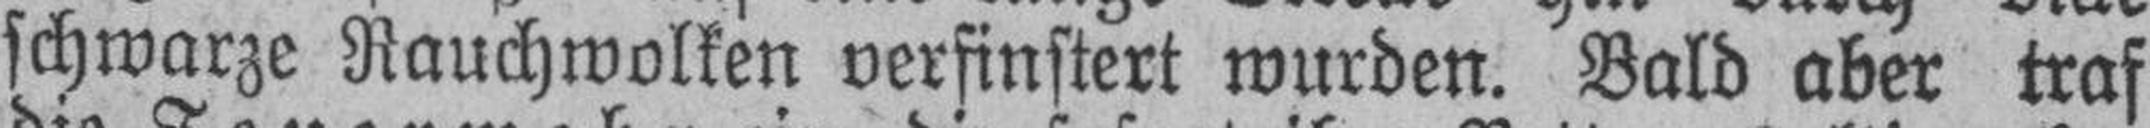
schwarze Rauchwolken verfinstert wurden. Bald aber traf